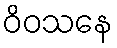
ဝိဝသနေ